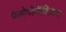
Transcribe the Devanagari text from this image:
पेलोपोनीशियन